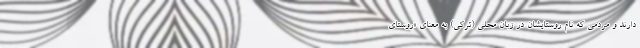
دارند و مردمی که نام روستایشان در زبان محلی (تُرکی) به معنای «روستای